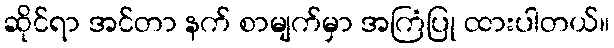
ဆိုင်ရာ အင်တာ နက် စာမျက်မှာ အကြံပြု ထားပါတယ်။